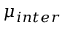
\mu _ { i n t e r }